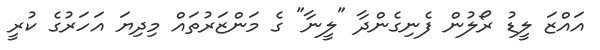
އައްޒަ ލީޑު ރޯލުން ފެނިގެންދާ "ލީނާ" ގެ މަންޒަރުތައް މިދިޔަ އަހަރުގެ ކުރީ